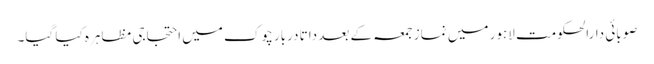
صوبائی دارالحکومت لاہور میں نماز جمعہ کے بعد داتا دربار چوک میں احتجاجی مظاہرہ کیا گیا۔